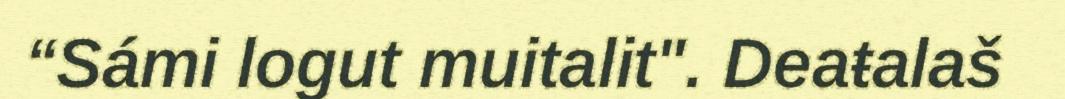
“Sámi logut muitalit". Deaŧalaš